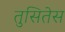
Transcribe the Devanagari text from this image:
तुसितेस